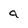
Character: a